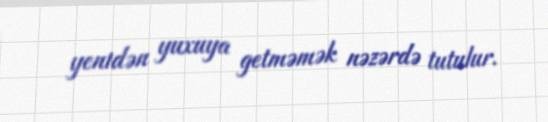
yenidən yuxuya getməmək nəzərdə tutulur.